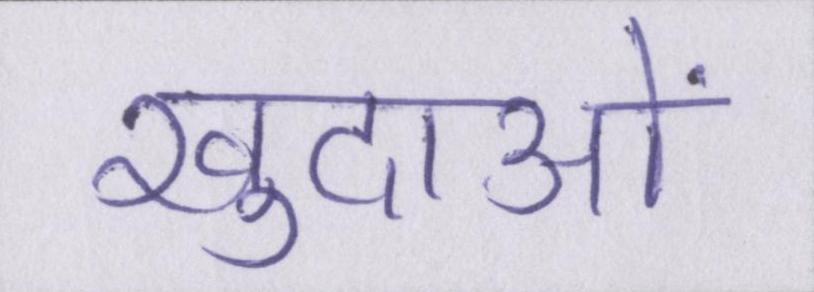
खुदाओं